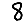
Digit: 8